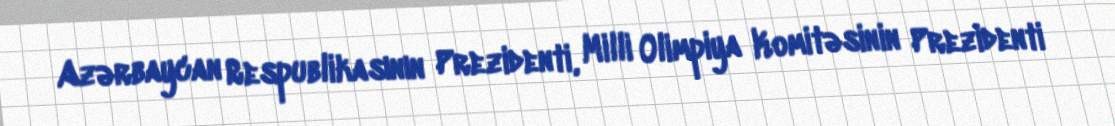
Azərbaycan Respublikasının Prezidenti, Milli Olimpiya Komitəsinin Prezidenti